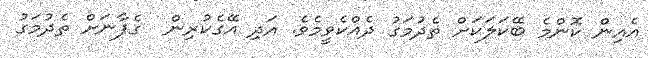
އެއިން ކޮންމެ ބޭކަލަކަށް ތެދުމަގު ދެއްކެވީމެވެެ. އަދި އޭގެކުރިން  ގެފާނަށް ތެދުމަގު